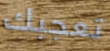
تعجبك